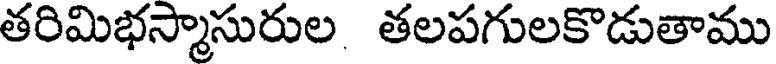
తరిమిభస్మాసురుల తలపగులకొడుతాము